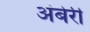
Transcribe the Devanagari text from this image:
अंबेरी